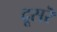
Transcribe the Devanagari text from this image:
दूसरॆ